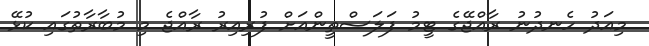
މިއަދު ހެނދުނު ރާއްޖޭގެ ޓީމު ފަލަސްތީންއަށް ފުރިއިރު ރާއްޖެ މި މުބާރާތުގައި ކުޅޭ